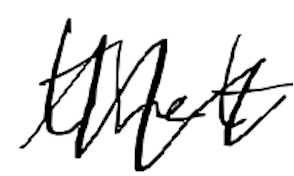
Text: that
Cross-out: zig-zag
Writing tool: digital_black